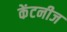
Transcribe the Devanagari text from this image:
केंटनीज